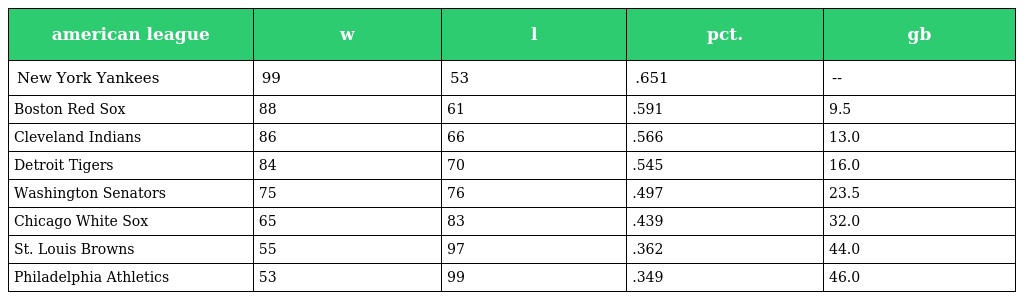
| american league | w | l | pct. | gb |
 | --- | --- | --- | --- | --- |
 | New York Yankees | 99 | 53 | .651 | -- |
 | Boston Red Sox | 88 | 61 | .591 | 9.5 |
 | Cleveland Indians | 86 | 66 | .566 | 13.0 |
 | Detroit Tigers | 84 | 70 | .545 | 16.0 |
 | Washington Senators | 75 | 76 | .497 | 23.5 |
 | Chicago White Sox | 65 | 83 | .439 | 32.0 |
 | St. Louis Browns | 55 | 97 | .362 | 44.0 |
 | Philadelphia Athletics | 53 | 99 | .349 | 46.0 |